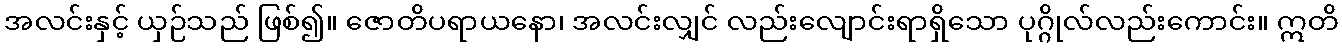
အလင်းနှင့် ယှဉ်သည် ဖြစ်၍။ ဇောတိပရာယနော၊ အလင်းလျှင် လည်းလျောင်းရာရှိသော ပုဂ္ဂိုလ်လည်းကောင်း။ ဣတိ